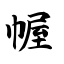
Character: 幄